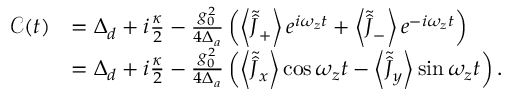
\begin{array} { r l } { \mathcal { C } ( t ) } & { = \Delta _ { d } + i \frac { \kappa } { 2 } - \frac { g _ { 0 } ^ { 2 } } { 4 \Delta _ { a } } \left( \left\langle \tilde { \hat { J } } _ { + } \right\rangle e ^ { i \omega _ { z } t } + \left\langle \tilde { \hat { J } } _ { - } \right\rangle e ^ { - i \omega _ { z } t } \right) } \\ & { = \Delta _ { d } + i \frac { \kappa } { 2 } - \frac { g _ { 0 } ^ { 2 } } { 4 \Delta _ { a } } \left( \left\langle \tilde { \hat { J } } _ { x } \right\rangle \cos \omega _ { z } t - \left\langle \tilde { \hat { J } } _ { y } \right\rangle \sin \omega _ { z } t \right) . } \end{array}